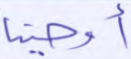
أوحينا